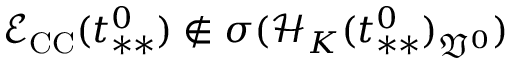
\mathcal { E } _ { \mathrm { C C } } ( t _ { * * } ^ { 0 } ) \not \in \sigma ( \mathcal { H } _ { K } ( t _ { * * } ^ { 0 } ) _ { \mathfrak { V } ^ { 0 } } )